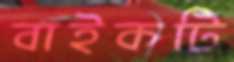
বাইকটি